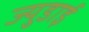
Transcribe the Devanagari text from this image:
ज्युडाई